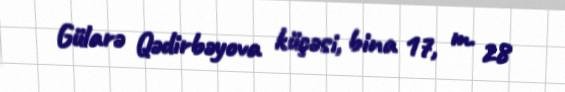
Gülarə Qədirbəyova küçəsi, bina 17, m. 28